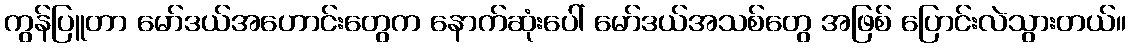
ကွန်ပြူတာ မော်ဒယ်အဟောင်းတွေက နောက်ဆုံးပေါ် မော်ဒယ်အသစ်တွေ အဖြစ် ပြောင်းလဲသွားတယ်။